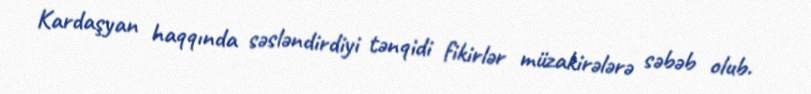
Kardaşyan haqqında səsləndirdiyi tənqidi fikirlər müzakirələrə səbəb olub.